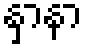
နှာနာ